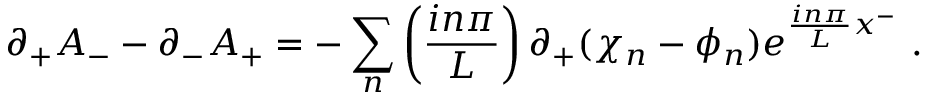
\partial _ { + } A _ { - } - \partial _ { - } A _ { + } = - \sum _ { n } \left( { \frac { i n \pi } { L } } \right) \partial _ { + } ( \chi _ { n } - \phi _ { n } ) e ^ { { \frac { i n \pi } { L } } x ^ { - } } \, \, .